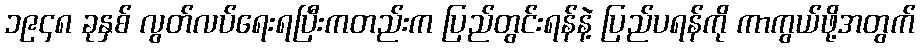
၁၉၄၈ ခုနှစ် လွတ်လပ်ရေးရပြီးကတည်းက ပြည်တွင်းရန်နဲ့ ပြည်ပရန်ကို ကာကွယ်ဖို့အတွက်